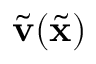
\tilde { \mathbf { v } } ( \tilde { \mathbf { x } } )